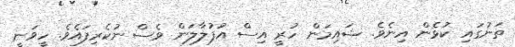
ތަނުގައި ކުޅެން އިނެވެ. ޝައިމަން ހުރީ އިސް އުފުލާލަން ވެސް ނުކެރިފައެވެ. ހީވަނީ